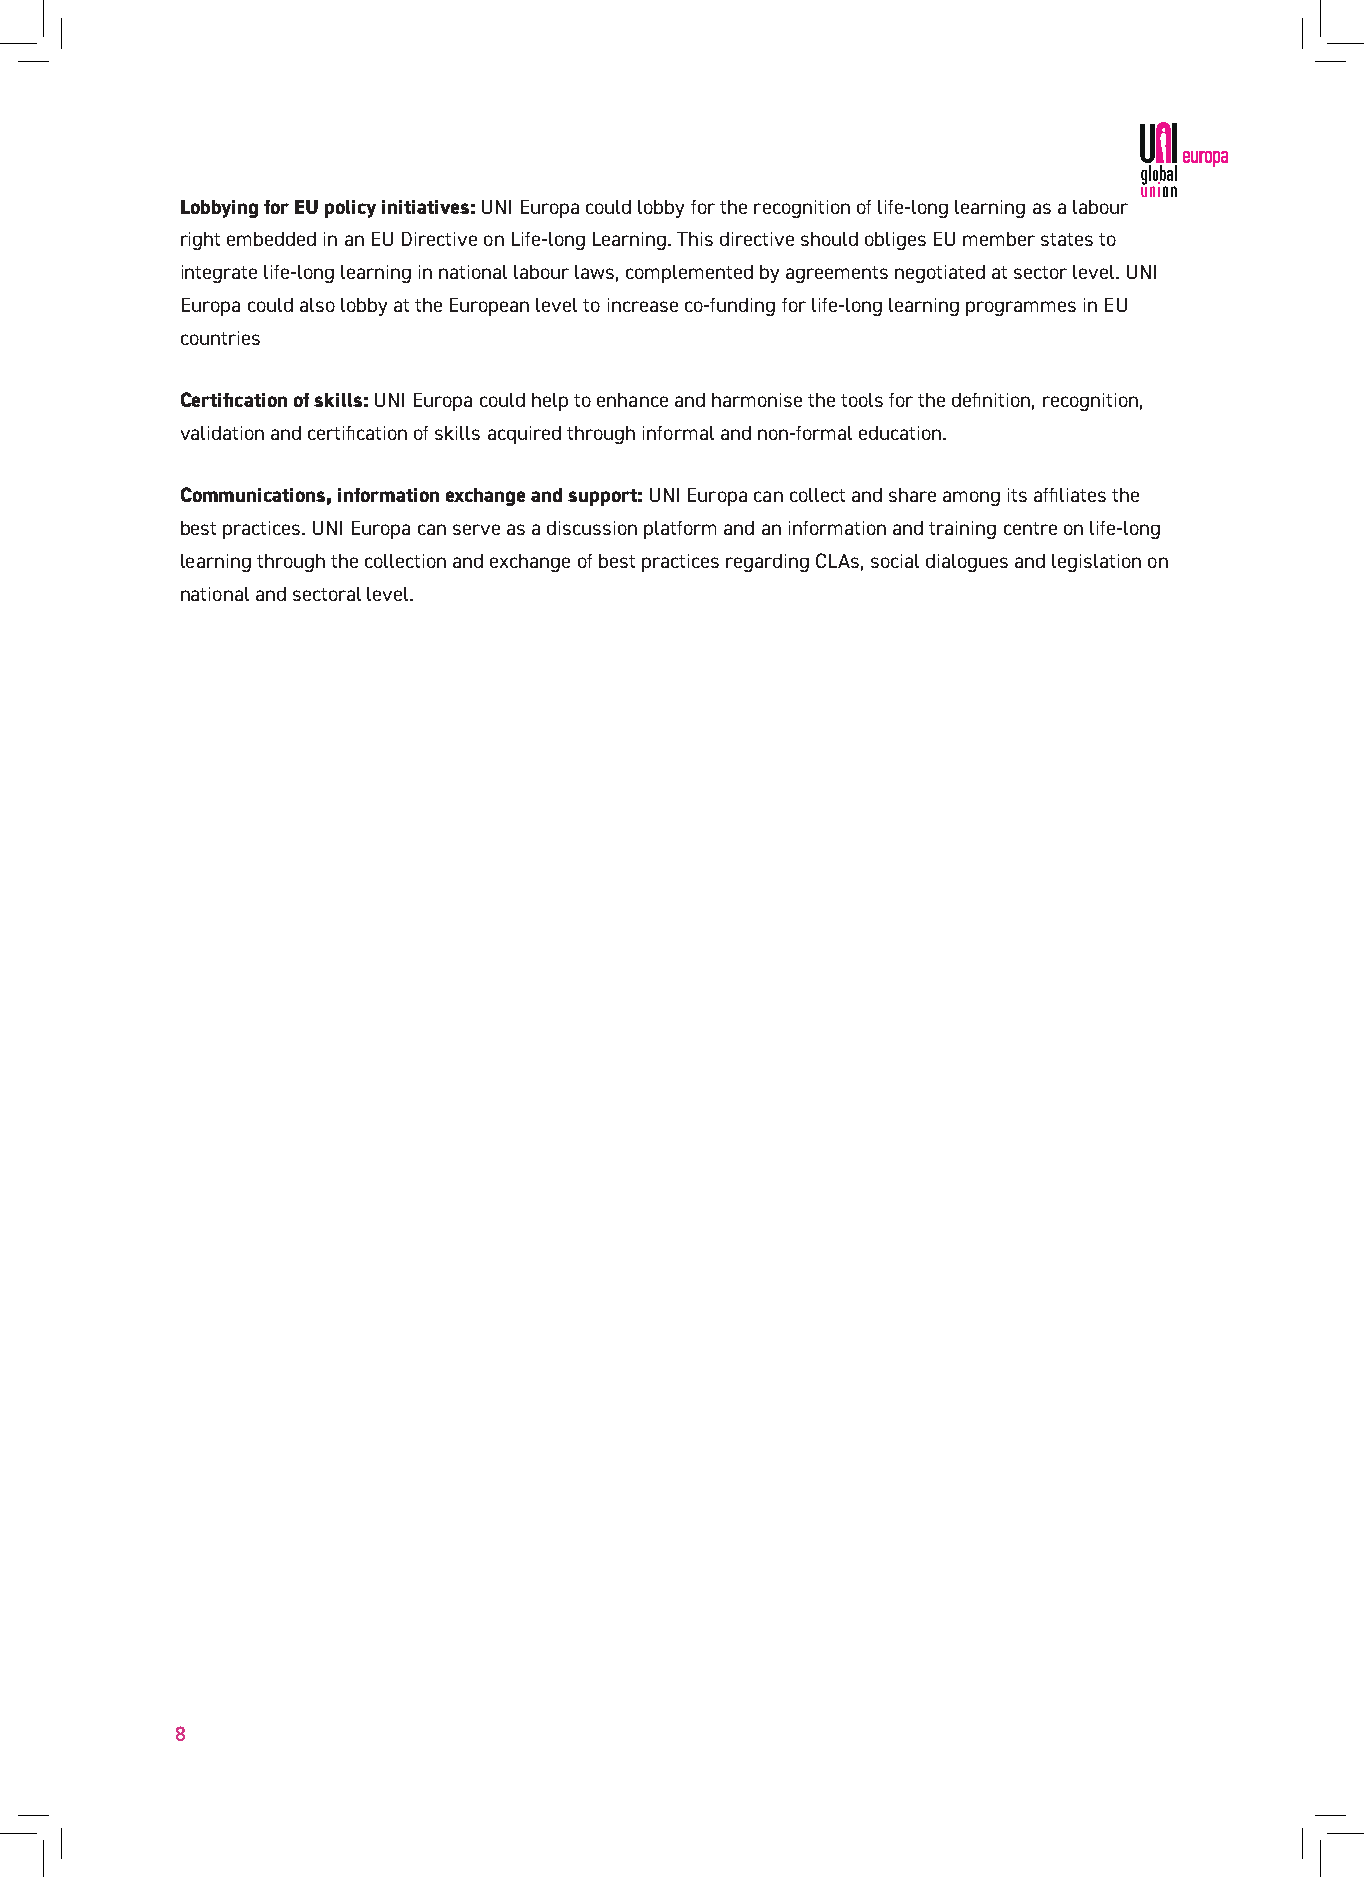
Lobbying for EU policy initiatives: UNI Europa could lobby for the recognition of life-long learning as a labour
 right embedded in an EU Directive on Life-long Learning. This directive should obliges EU member states to
 integrate life-long learning in national labour laws, complemented by agreements negotiated at sector level. UNI
 Europa could also lobby at the European level to increase co-funding for life-long learning programmes in EU
 countries
 Certification of skills: UNI Europa could help to enhance and harmonise the tools for the definition, recognition,
 validation and certification of skills acquired through informal and non-formal education.
 Communications, information exchange and support: UNI Europa can collect and share among its affiliates the
 best practices. UNI Europa can serve as a discussion platform and an information and training centre on life-long
 learning through the collection and exchange of best practices regarding CLAs, social dialogues and legislation on
 national and sectoral level.
 8